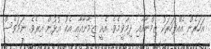
އަހަރެން އެއްފަހަރަކު ޒިމްނާއާއި ދިމާވީމެވެ. އެއީ ޒިމާނާއާއި އެކު އުޅުން އިރެވެ. ނަމަވެސް